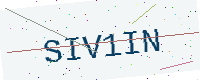
Text: SIV1IN